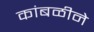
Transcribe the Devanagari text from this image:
कांबळीने